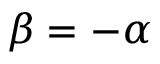
\beta = - \alpha